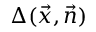
\Delta ( \vec { x } , \vec { n } )